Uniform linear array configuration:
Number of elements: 16
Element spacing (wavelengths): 1
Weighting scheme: binomial
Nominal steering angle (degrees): -45
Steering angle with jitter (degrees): -46.781
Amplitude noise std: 0.05
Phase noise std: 0.05

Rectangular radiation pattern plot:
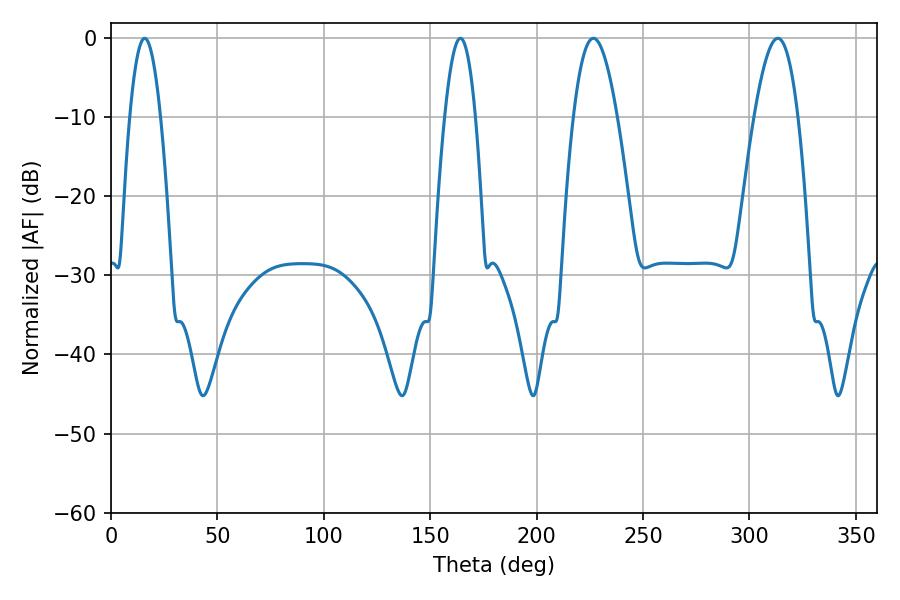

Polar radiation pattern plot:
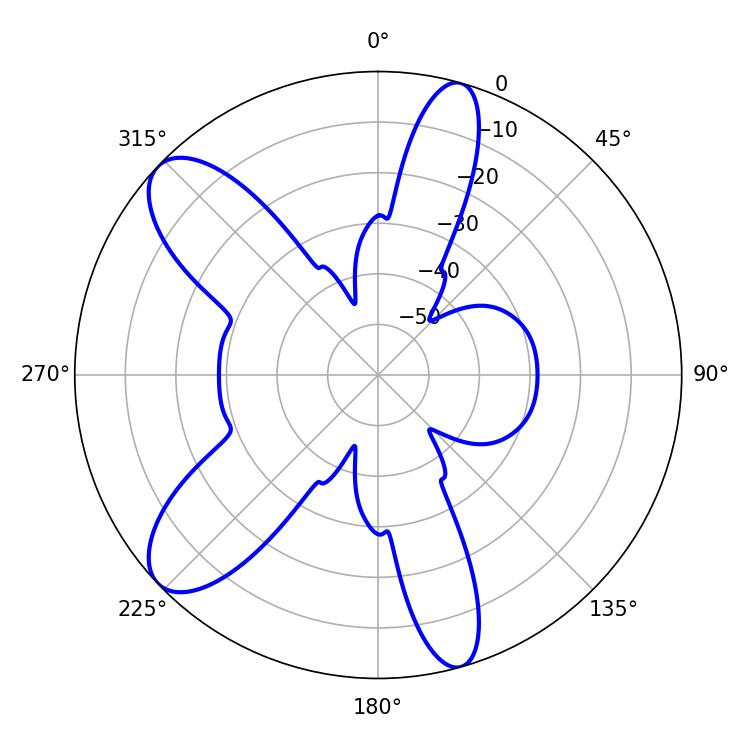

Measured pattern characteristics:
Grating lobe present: TRUE
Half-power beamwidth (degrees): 7.92
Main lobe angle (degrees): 15.84